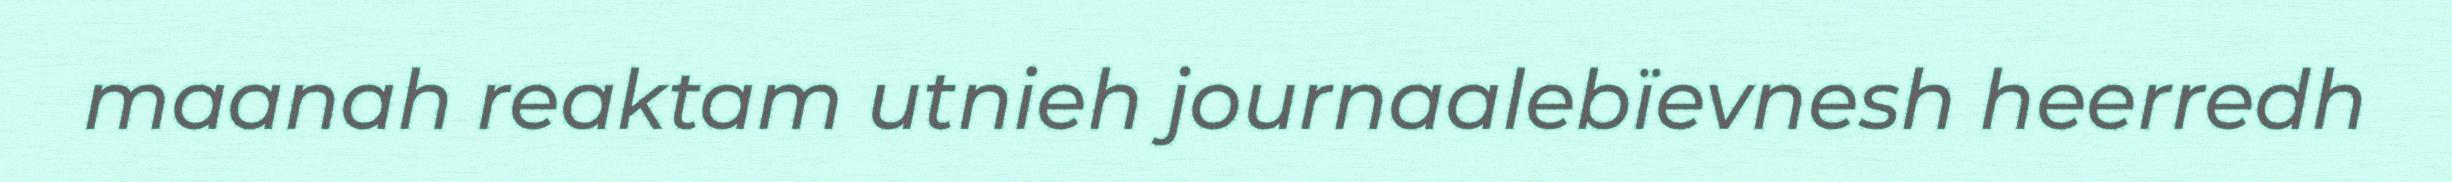
maanah reaktam utnieh journaalebïevnesh heerredh